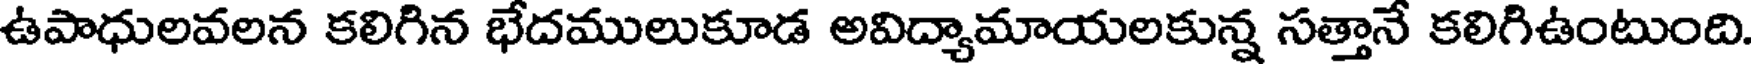
ఉపాధులవలన కలిగిన భేదములుకూడ అవిద్యామాయలకున్న సత్తానే కలిగిఉంటుంది